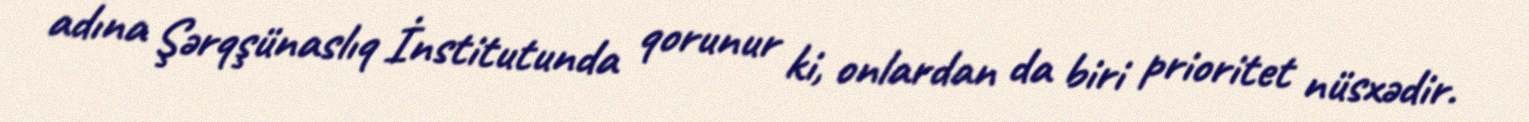
adına Şərqşünaslıq İnstitutunda qorunur ki, onlardan da biri prioritet nüsxədir.